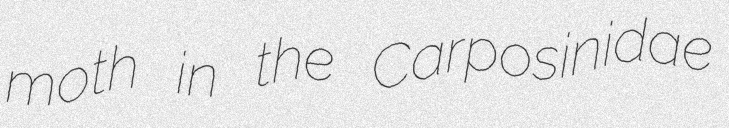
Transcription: moth in the Carposinidae